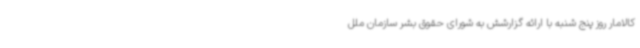
کالامار روز پنج شنبه با ارائه گزارشش به شورای حقوق بشر سازمان ملل